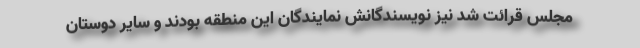
مجلس قرائت شد نیز نویسندگانش نمایندگان این منطقه بودند و سایر دوستان